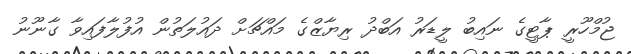
ޖުމްހޫރީ ޕާޓީގެ ނައިބު ލީޑަރު އަބްދު ރިޔާޒްގެ މައްޗަށް ދައުލަތުން އުފުލާފައިވާ ގާނޫނު